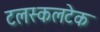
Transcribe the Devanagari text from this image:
टलस्कलटेक